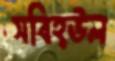
সবিহ্উল